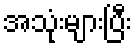
အသုံးများပြီး